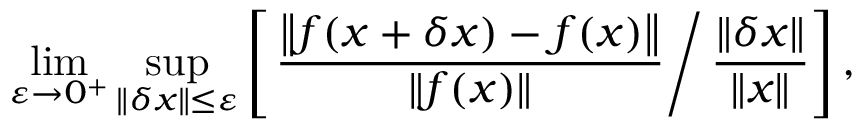
\operatorname* { l i m } _ { \varepsilon \to 0 ^ { + } } \operatorname* { s u p } _ { \| \delta x \| \leq \varepsilon } \left[ \left. { \frac { \left\| f ( x + \delta x ) - f ( x ) \right\| } { \| f ( x ) \| } } \right/ { \frac { \| \delta x \| } { \| x \| } } \right] ,